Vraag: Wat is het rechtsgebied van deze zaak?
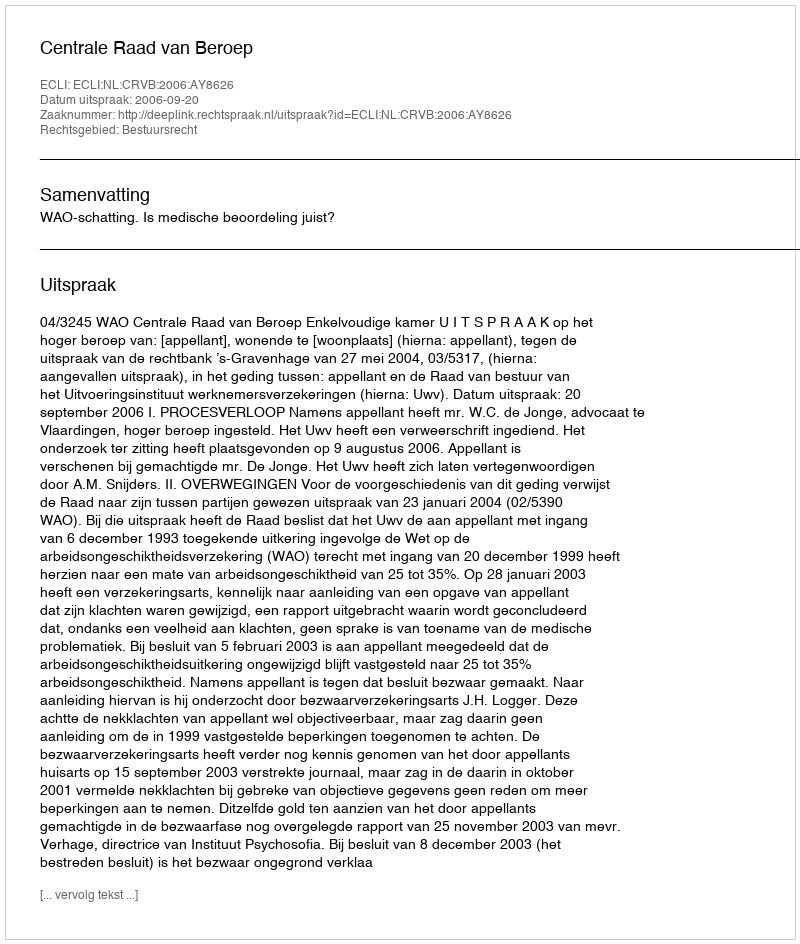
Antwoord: Bestuursrecht